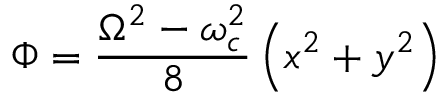
\Phi = \frac { \Omega ^ { 2 } - \omega _ { c } ^ { 2 } } { 8 } \left( x ^ { 2 } + y ^ { 2 } \right)